Maemoisa_(Sinalepa)_vallavalitsus, lk 51
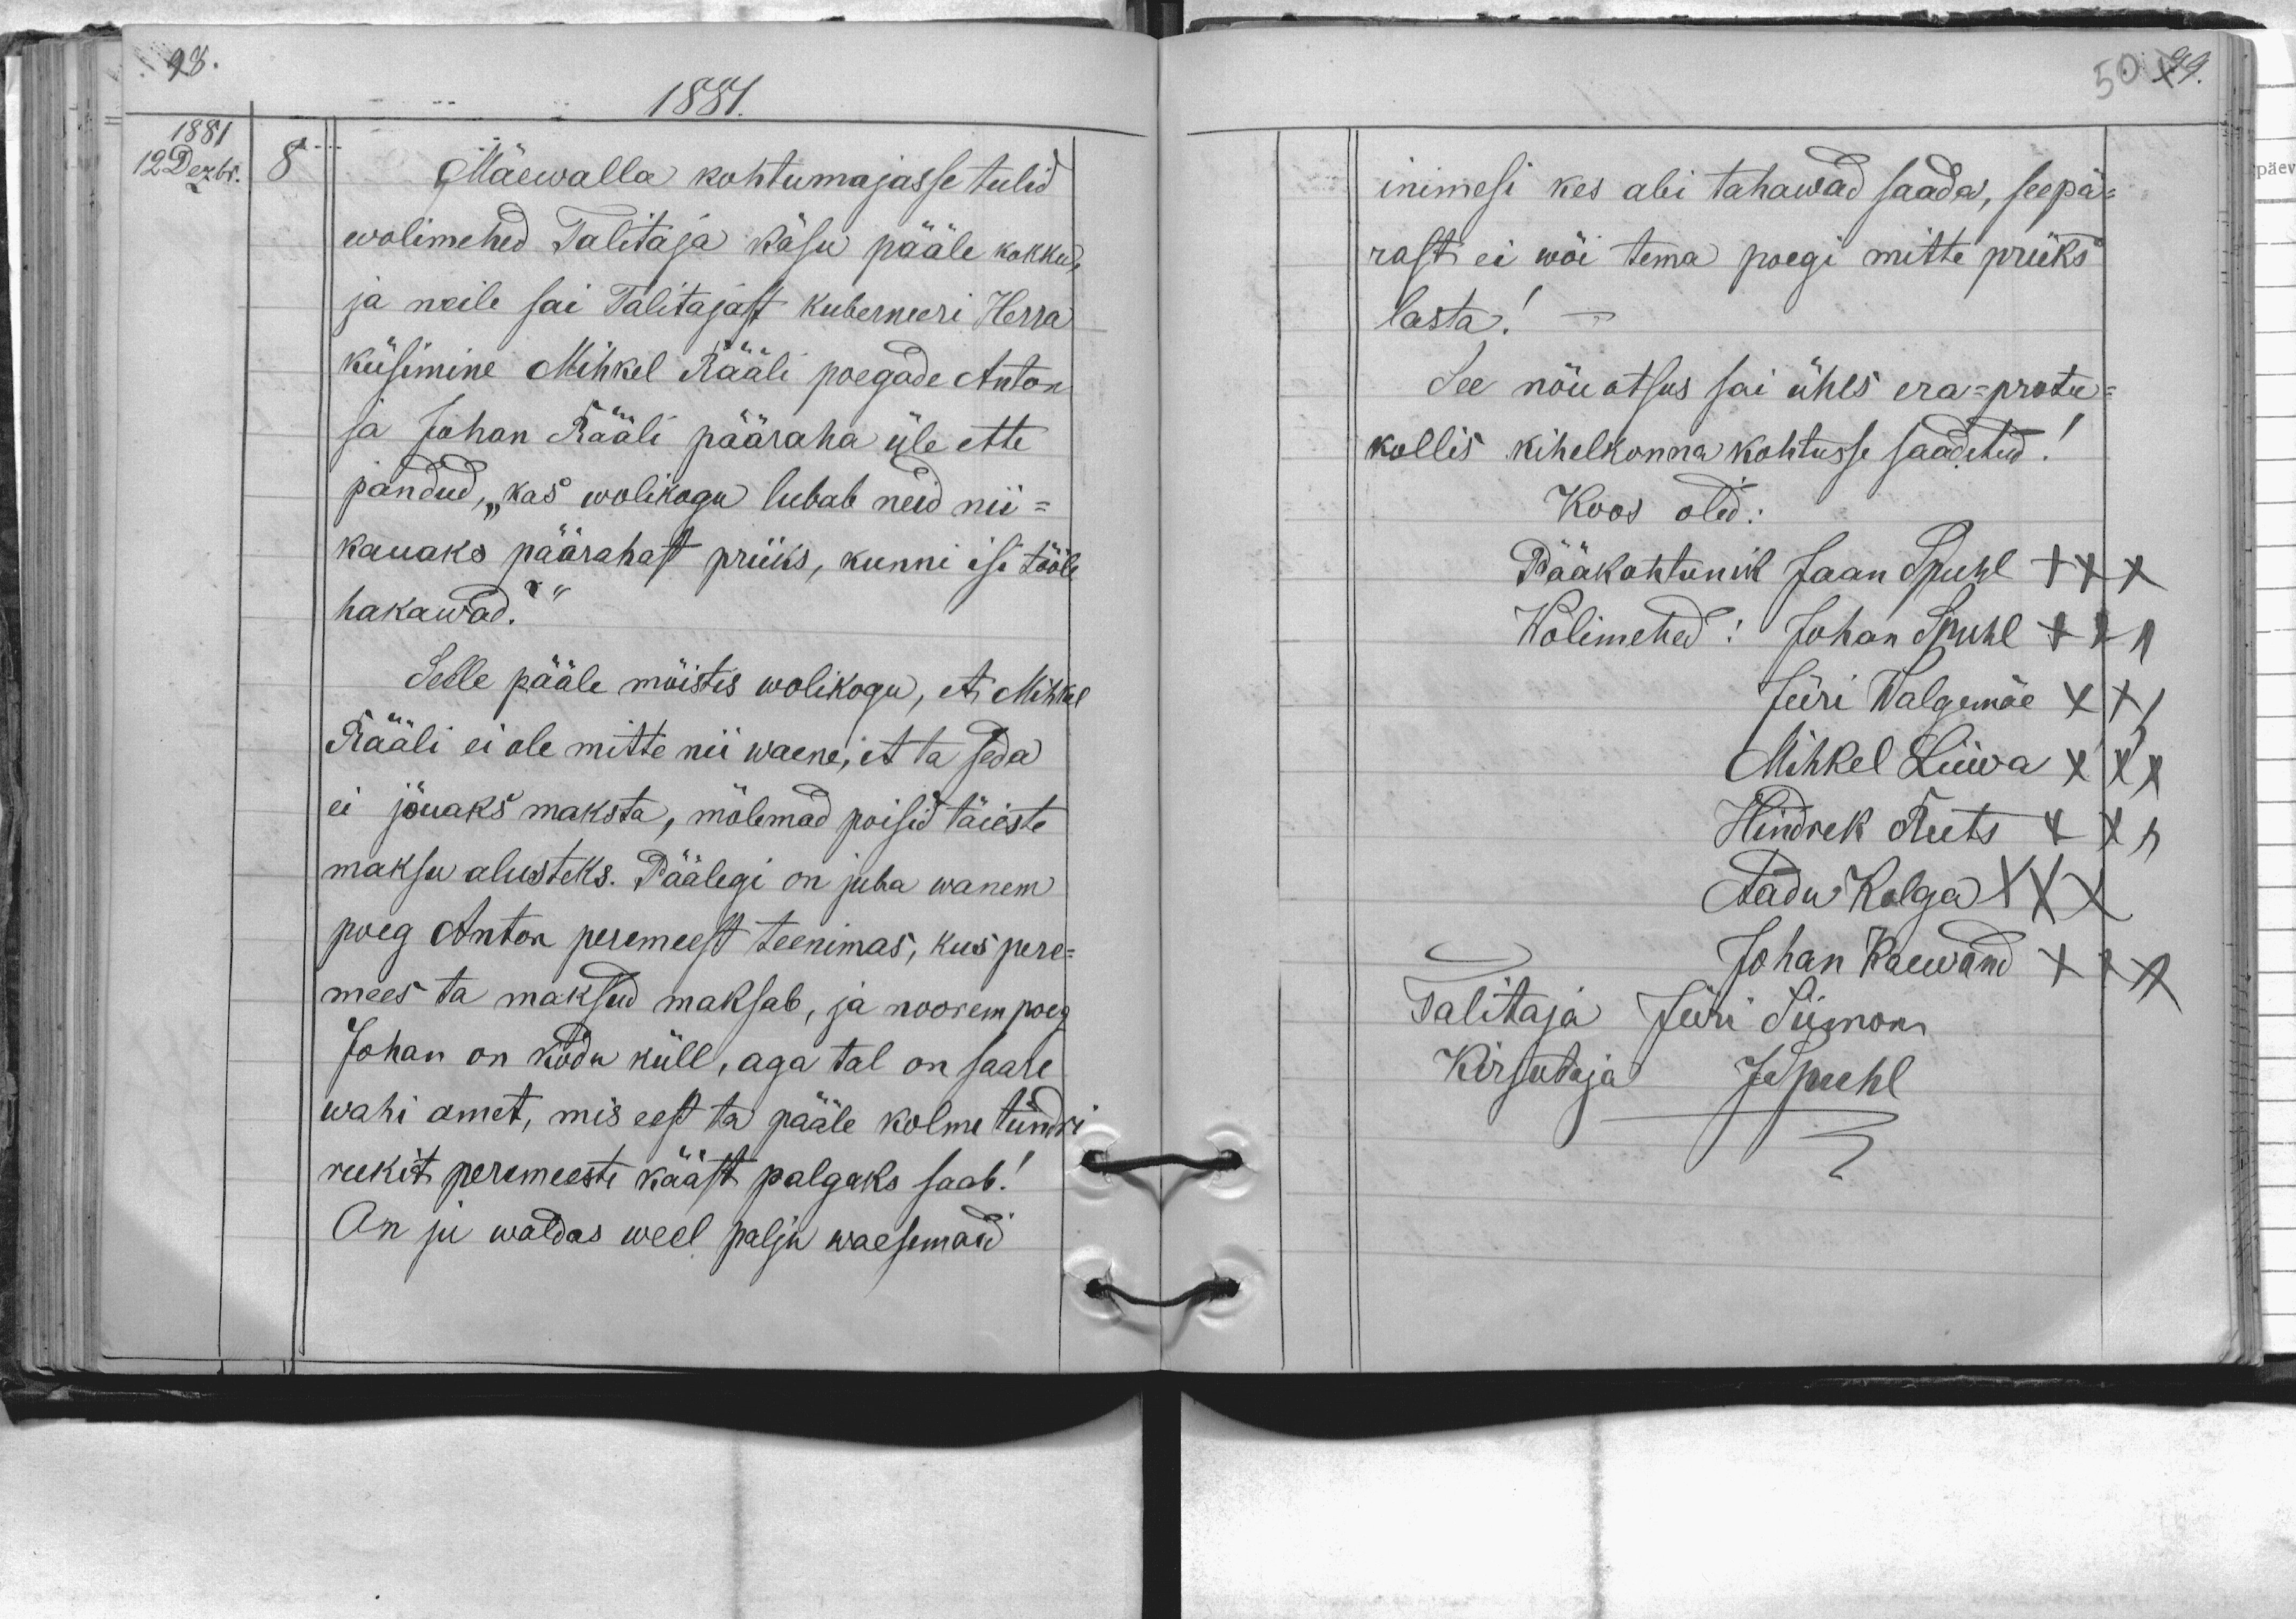
1881.
1881
12 Dezbr.
8.
Mäewalla kohtumajasse tulid
wolimehed Talitaja käsu pääle kokku,
ja neile sai Talitajast kuberneeri Herra
küsimine Mihkel Rääli poegade Anton
ja Johan Rääli pääraha üle ette
pandud, "kas wolikogu lubab need nii-
kauaks päärahast priiks, kunni isi tööle
hakawad?"
Selle pääle mõistis wolikogu, et Mihkel
Rääli ei ole mitte nii waene, et ta seda
ei jõuaks maksta, mõlemad poisid täieste
maksu alusteks. Päälegi on juba wanem
poeg Anton peremeest teenimas, kus pere-
mees ta maksud maksab, ja noorem poeg
Johan on kodu küll, aga tal on saare
wahi amet, mis eest ta pääle kolme tündri
rukit peremeeste kääst palgaks saab!
On ju waldas weel palju waesemaid

inimesi kes abi tahawad saada, seepä-
rast ei wõi tema poegi mitte priiks
lasta!
See nõu otsus sai ühes era-protu-
kollis kihelkonna kohtusse saadetud!
Koos olid:
Pääkohtunik Jaan Spuhl XXX
Wolimehed: Johan Spuhl +++
Jüri Walgemäe XXX
Mihkel Liiwa XXX
Hindrek Reets XXX
Aadu Kolga XXX
Johan Kaewand  XXX
Talitaja Jüri Siimon
Kirjutaja JSpuhl